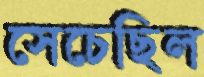
সেচেছিল